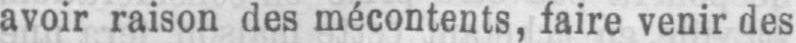
avoir raison des mécontents, faire venir des